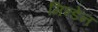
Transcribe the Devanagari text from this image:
मिन्डेन